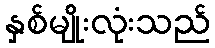
နှစ်မျိုးလုံးသည်